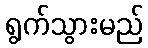
ရွက်သွားမည်